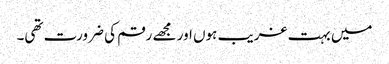
میں بہت غریب ہوں اور مجھے رقم کی ضرورت تھی۔